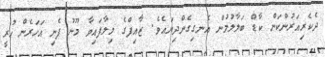
ދެކެރިއަރުންކަން ކާޑް ބަލާލުމުން އެނގިގެންދިޔައެވެ. ޒާއިފްގެ މިލާފައިވާ މޫނު ފެނި އަހަރެން ހުރީ